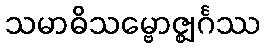
သမာဓိသမ္ဗောဇ္ဈင်္ဂဿ